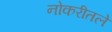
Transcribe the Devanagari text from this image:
नोकरीतले